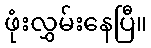
ဖုံးလွှမ်းနေပြီ။